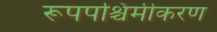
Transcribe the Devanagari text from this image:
रूपपश्चिमीकरण